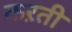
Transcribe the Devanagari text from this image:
कऱती